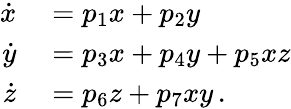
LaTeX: \begin{array}{rl}{\dot{x}}&{{}=p_{1}x+p_{2}y}\\ {\dot{y}}&{{}=p_{3}x+p_{4}y+p_{5}xz}\\ {\dot{z}}&{{}=p_{6}z+p_{7}xy\, .}\end{array}